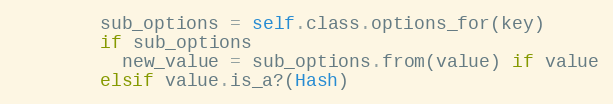
Language: Ruby
        sub_options = self.class.options_for(key)
        if sub_options
          new_value = sub_options.from(value) if value
        elsif value.is_a?(Hash)